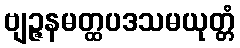
ဗျဉ္ဇနမတ္ထပဒသမယုတ္တံ